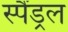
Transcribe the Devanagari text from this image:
स्पैंड्रल